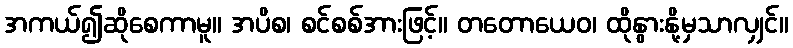
အကယ်၍ဆိုစေကာမူ။ အပိစ၊ စင်စစ်အားဖြင့်။ တတောယေဝ၊ ထိုနွားနို့မှသာလျှင်။